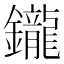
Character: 鑨